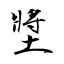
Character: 墏